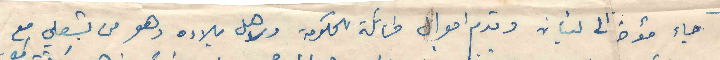
جاء مؤخرا الى لبنان وقدم اموال طائلة للحكومة ولاجل بلاده وهو من بشعلي مع